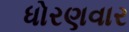
ધોરણવાર